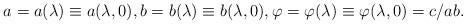
LaTeX: \begin{align*}a=a(\lambda)\equiv a(\lambda,0), b=b(\lambda)\equiv b(\lambda,0), \varphi=\varphi(\lambda)\equiv\varphi(\lambda,0)=c/ab.\end{align*}